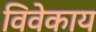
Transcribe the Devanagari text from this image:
विवेकाय